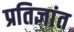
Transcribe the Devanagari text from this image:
प्रतिज्ञांत